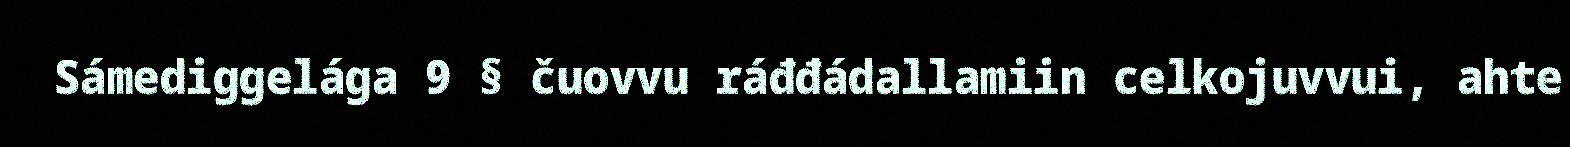
Sámediggelága 9 § čuovvu ráđđádallamiin celkojuvvui, ahte